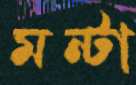
মন্টা